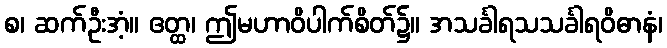
စ၊ ဆက်ဦးအံ့။ ဧတ္ထ၊ ဤမဟာဝိပါက်စိတ်၌။ အသင်္ခါရသသင်္ခါရဝိဓာနံ၊